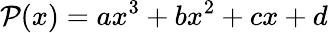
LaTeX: \mathcal{P}(x)=ax^{3}+bx^{2}+cx+d